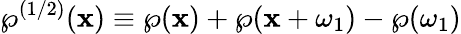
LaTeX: \wp^{(1/2)}(\mathbf{x})\equiv\wp(\mathbf{x})+\wp(\mathbf{x}+\omega_{1})-\wp(\omega_{1})